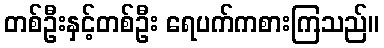
တစ်ဦးနှင့်တစ်ဦး ရေပက်ကစားကြသည်။